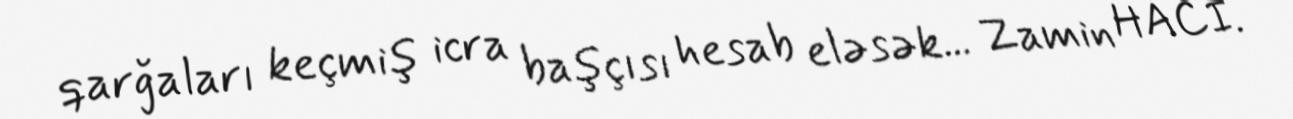
qarğaları keçmiş icra başçısı hesab eləsək... Zamin HACI.